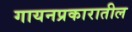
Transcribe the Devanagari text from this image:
गायनप्रकारातील